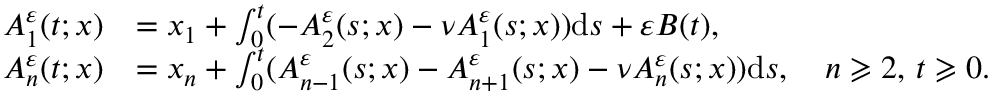
\begin{array} { r l } { A _ { 1 } ^ { \varepsilon } ( t ; x ) } & { = x _ { 1 } + \int _ { 0 } ^ { t } ( - A _ { 2 } ^ { \varepsilon } ( s ; x ) - \nu A _ { 1 } ^ { \varepsilon } ( s ; x ) ) \mathrm { d } s + \varepsilon B ( t ) , } \\ { A _ { n } ^ { \varepsilon } ( t ; x ) } & { = x _ { n } + \int _ { 0 } ^ { t } ( { A _ { n - 1 } ^ { \varepsilon } ( s ; x ) } - A _ { n + 1 } ^ { \varepsilon } ( s ; x ) - \nu A _ { n } ^ { \varepsilon } ( s ; x ) ) \mathrm { d } s , \quad n \geqslant 2 , \, t \geqslant 0 . } \end{array}